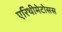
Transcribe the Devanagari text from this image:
एरिथीमेटोसस